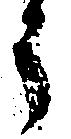
う